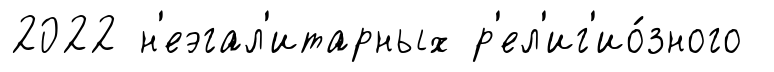
2022 н'еэгал'итарных р'ел'иг'ио́зного